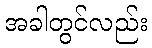
အခါတွင်လည်း